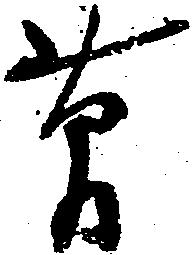
簡